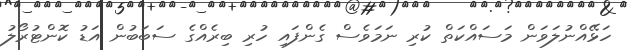
ހަޅޭއްނުލަވަން މަސައްކަތް ކުރި ނަމަވެސް ގެންފައި ހުރި ބިރެއްގެ ސަބަބުން އަޑު ކޮންޓުރޯލު